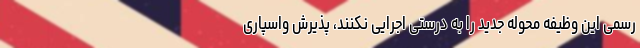
رسمی این وظیفه محوله جدید را به درستی اجرایی نکنند، پذیرش واسپاری